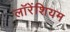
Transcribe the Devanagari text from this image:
लॉरेंशियम